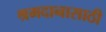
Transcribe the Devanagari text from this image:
श्रमदानासाठी